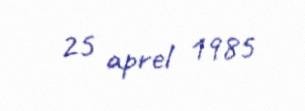
25 aprel 1985